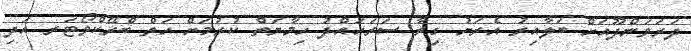
ދަރަވަންދޫއަށް ބަލާއިރު އެރަށު ގިރާ ސަރަހައްދު ހިމާޔަތް ކުރުމަށް ހަތް ބްރޭކްވޯޓަރ އަދި